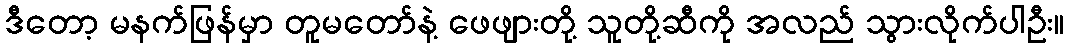
ဒီတော့ မနက်ဖြန်မှာ တူမတော်နဲ့ ဖေဖျားတို့ သူတို့ဆီကို အလည် သွားလိုက်ပါဦး။